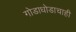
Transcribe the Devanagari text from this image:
गोडाधोडाचाही